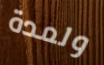
ولمدة